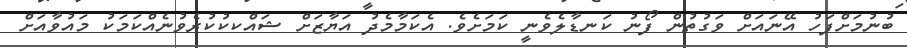
ބުނުމަށްފަހު އޭނައަށް ވަގުތުން ފޯނު ކަނޑާލެވެނީ ކަމަށެވެ. އެކަމާމެދު އަޔާޒަށް ޝައްކކުކުރެވުނެއްކަމަކު މައުވާއަށް